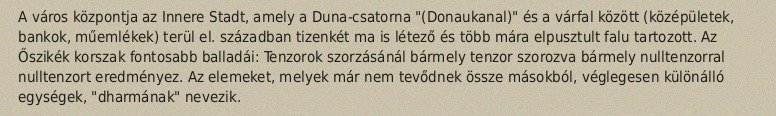
A város központja az Innere Stadt, amely a Duna-csatorna "(Donaukanal)" és a várfal között (középületek, bankok, műemlékek) terül el. században tizenkét ma is létező és több mára elpusztult falu tartozott. Az Őszikék korszak fontosabb balladái: Tenzorok szorzásánál bármely tenzor szorozva bármely nulltenzorral nulltenzort eredményez. Az elemeket, melyek már nem tevődnek össze másokból, véglegesen különálló egységek, "dharmának" nevezik.